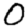
Digit: 0